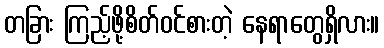
တခြား ကြည့်ဖို့စိတ်ဝင်စားတဲ့ နေရာတွေရှိလား။